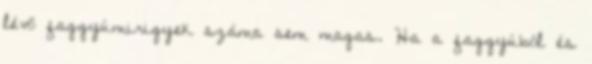
lévő faggyúmirigyek száma sem magas. Ha a faggyúból és